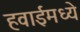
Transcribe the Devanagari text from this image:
हवाईमध्ये